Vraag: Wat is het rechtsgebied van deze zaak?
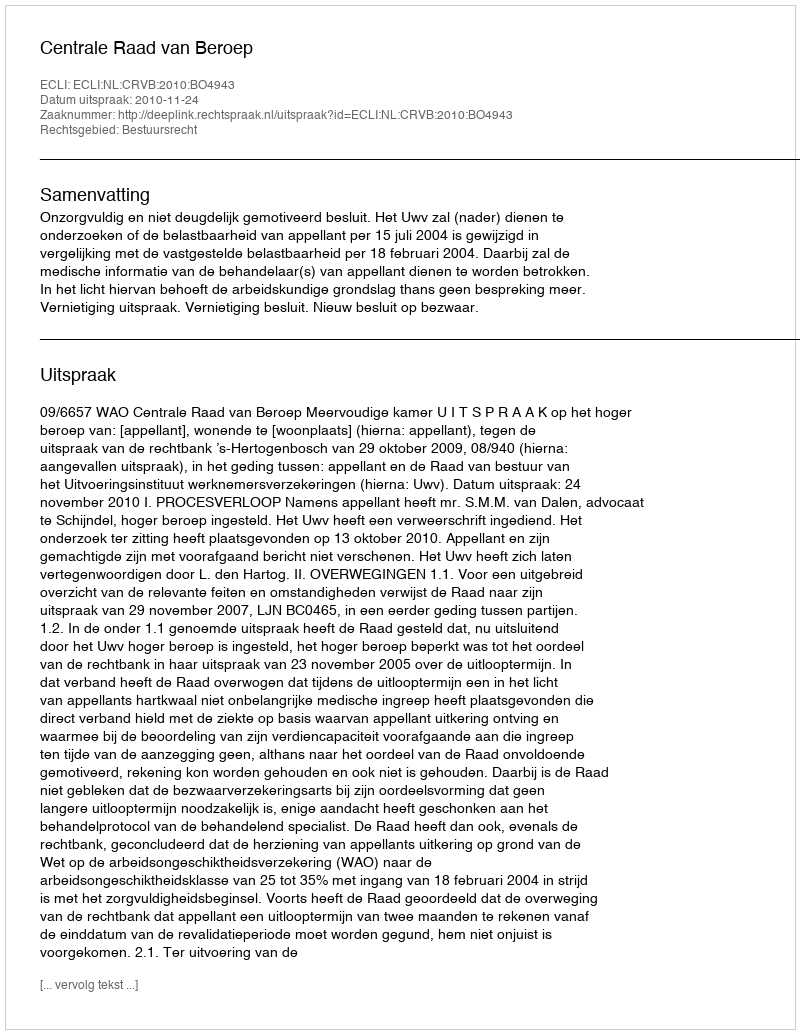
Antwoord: Bestuursrecht